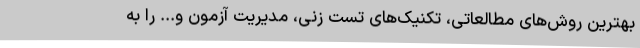
بهترین روش‌های مطالعاتی، تکنیک‌های تست زنی، مدیریت آزمون و... را به